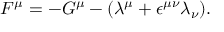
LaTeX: F ^ { \mu } = - G ^ { \mu } - ( { \lambda } ^ { \mu } + { \epsilon } ^ { { \mu } { \nu } } { \lambda } _ { \nu } ) .